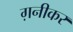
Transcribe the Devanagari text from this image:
ग़नीकर